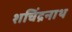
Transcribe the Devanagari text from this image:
शचिंद्रनाथ